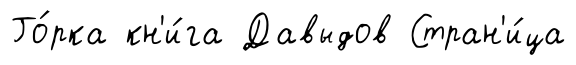
Го́рка кн'и́га Давыдов Стран'и́ца